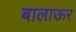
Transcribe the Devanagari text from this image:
बालाऊर